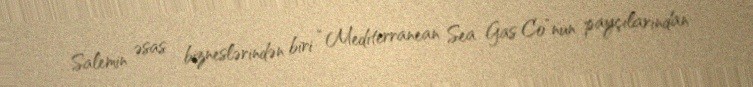
Salemin əsas bizneslərindən biri “Mediterranean Sea Gas Co”nun payçılarından